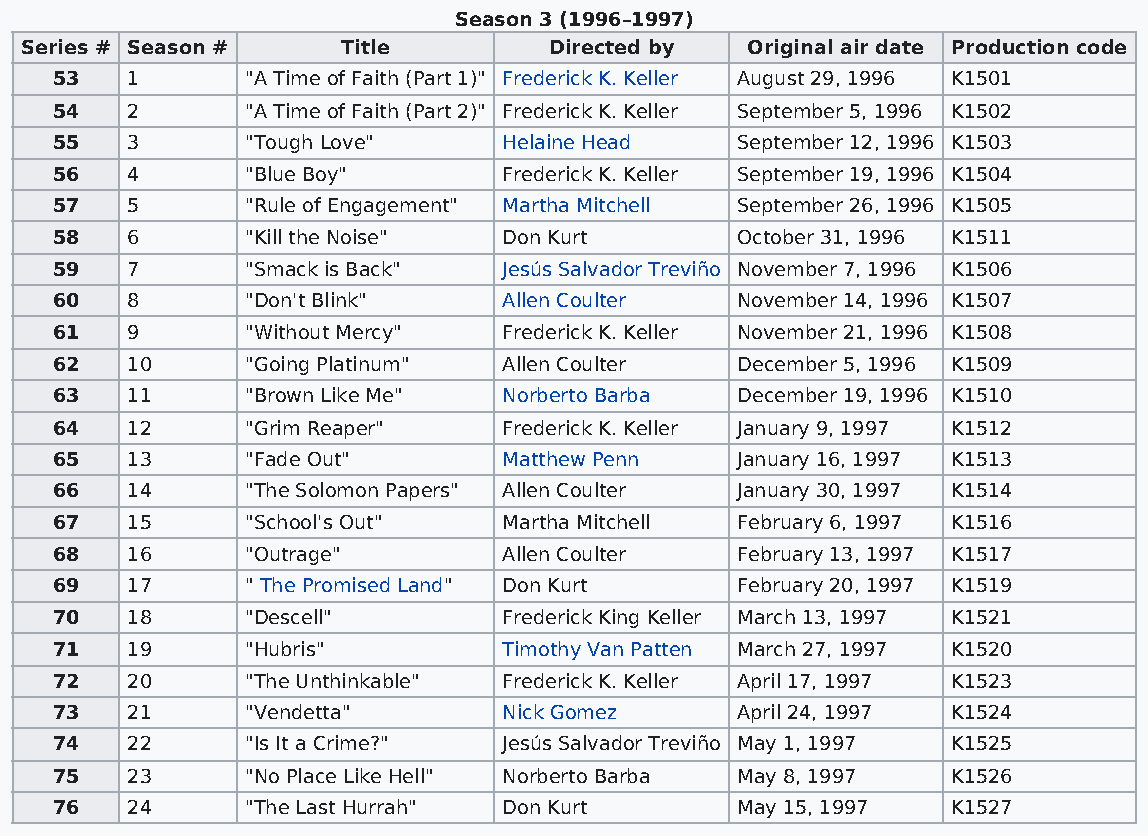
Season 3 (1996–1997)
 Series # Season #     Title        Directed by  Original air date Production code
 53   1       "A Time of Faith (Part 1)" Frederick K. Keller August 29, 1996 K1501
 54   2       "A Time of Faith (Part 2)" Frederick K. Keller September 5, 1996 K1502
 55   3       "Tough Love"     Helaine Head    September 12, 1996 K1503
 56   4       "Blue Boy"       Frederick K. Keller September 19, 1996 K1504
 57   5       "Rule of Engagement" Martha Mitchell September 26, 1996 K1505
 58   6       "Kill the Noise" Don Kurt        October 31, 1996 K1511
 59   7       "Smack is Back"  Jesús Salvador Treviño November 7, 1996 K1506
 60   8       "Don't Blink"    Allen Coulter   November 14, 1996 K1507
 61   9       "Without Mercy"  Frederick K. Keller November 21, 1996 K1508
 62   10      "Going Platinum" Allen Coulter   December 5, 1996 K1509
 63   11      "Brown Like Me"  Norberto Barba  December 19, 1996 K1510
 64   12      "Grim Reaper"    Frederick K. Keller January 9, 1997 K1512
 65   13      "Fade Out"       Matthew Penn    January 16, 1997 K1513
 66   14      "The Solomon Papers" Allen Coulter January 30, 1997 K1514
 67   15      "School's Out"   Martha Mitchell February 6, 1997 K1516
 68   16      "Outrage"        Allen Coulter   February 13, 1997 K1517
 69   17      " The Promised Land" Don Kurt    February 20, 1997 K1519
 70   18      "Descell"        Frederick King Keller March 13, 1997 K1521
 71   19      "Hubris"         Timothy Van Patten March 27, 1997 K1520
 72   20      "The Unthinkable" Frederick K. Keller April 17, 1997 K1523
 73   21      "Vendetta"       Nick Gomez      April 24, 1997 K1524
 74   22      "Is It a Crime?" Jesús Salvador Treviño May 1, 1997 K1525
 75   23      "No Place Like Hell" Norberto Barba May 8, 1997 K1526
 76   24      "The Last Hurrah" Don Kurt       May 15, 1997  K1527